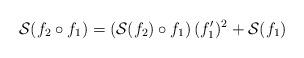
LaTeX: \begin{align*}\mathcal S(f_2 \circ f_1) = \left (\mathcal S(f_2) \circ f_1 \right) (f_1')^2 + \mathcal S(f_1)\end{align*}